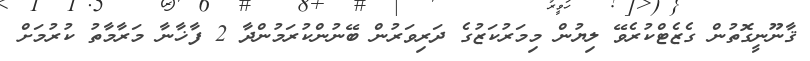
ޤާނޫނީގޮތުން ގެޒެޓްކުރެވޭ ލިޔުން މިމަރުކަޒުގެ ދަރިވަރުން ބޭނުންކުރަމުންދާ 2 ފާޚާނާ މަރާމާތު ކުރުމަށް